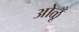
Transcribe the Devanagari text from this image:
ओळूँ